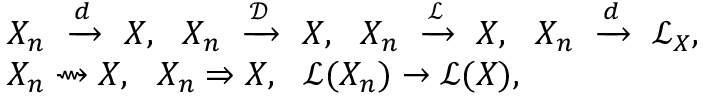
{ \begin{array} { r l } { } & { X _ { n } \ \xrightarrow { d } \ X , \ \ X _ { n } \ \xrightarrow { \mathcal { D } } \ X , \ \ X _ { n } \ \xrightarrow { \mathcal { L } } \ X , \ \ X _ { n } \ \xrightarrow { d } \ { \mathcal { L } } _ { X } , } \\ & { X _ { n } \rightsquigarrow X , \ \ X _ { n } \Rightarrow X , \ \ { \mathcal { L } } ( X _ { n } ) \to { \mathcal { L } } ( X ) , } \end{array} }